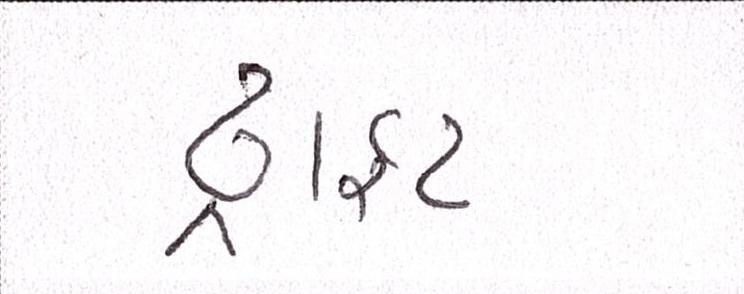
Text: ડ્રાફ્ટ